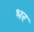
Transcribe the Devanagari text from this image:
भर